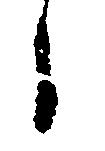
日